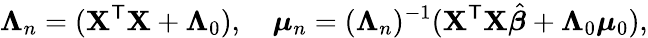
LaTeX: {\boldsymbol{\Lambda}}_{n}=(\mathbf{X}^{\mathsf{T}}\mathbf{X}+\mathbf{\Lambda}_{0}),\quad{\boldsymbol{\mu}}_{n}=({\boldsymbol{\Lambda}}_{n})^{-1}(\mathbf{X}^{\mathsf{T}}\mathbf{X}{\hat{\boldsymbol{\beta}}}+{\boldsymbol{\Lambda}}_{0}{\boldsymbol{\mu}}_{0}),